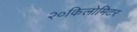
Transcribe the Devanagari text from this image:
२०किलोमिटर